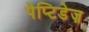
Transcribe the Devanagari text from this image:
पेप्टिडेज़